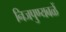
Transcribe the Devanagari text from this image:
निजपुण्यबळें